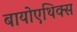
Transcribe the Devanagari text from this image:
बायोएथिक्स